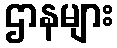
ဌာနများ